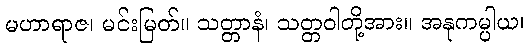
မဟာရာဇ၊ မင်းမြတ်။ သတ္တာနံ၊ သတ္တဝါတို့အား။ အနုကမ္ပါယ၊